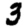
Digit: 3